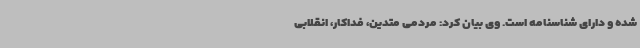
شده و دارای شناسنامه است. وی بیان کرد: مردمی متدین، فداکار، انقلابی